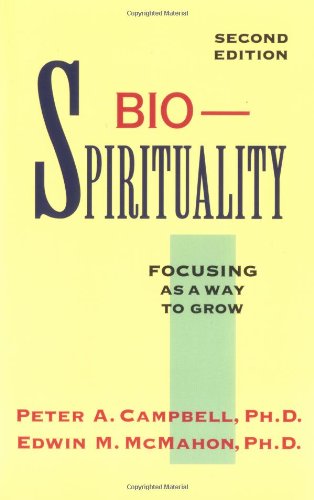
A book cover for BioSpirituality: Focusing As a Way to Grow; Peter A. Campbell; Religion & Spirituality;